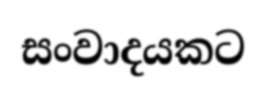
සංවාදයකට